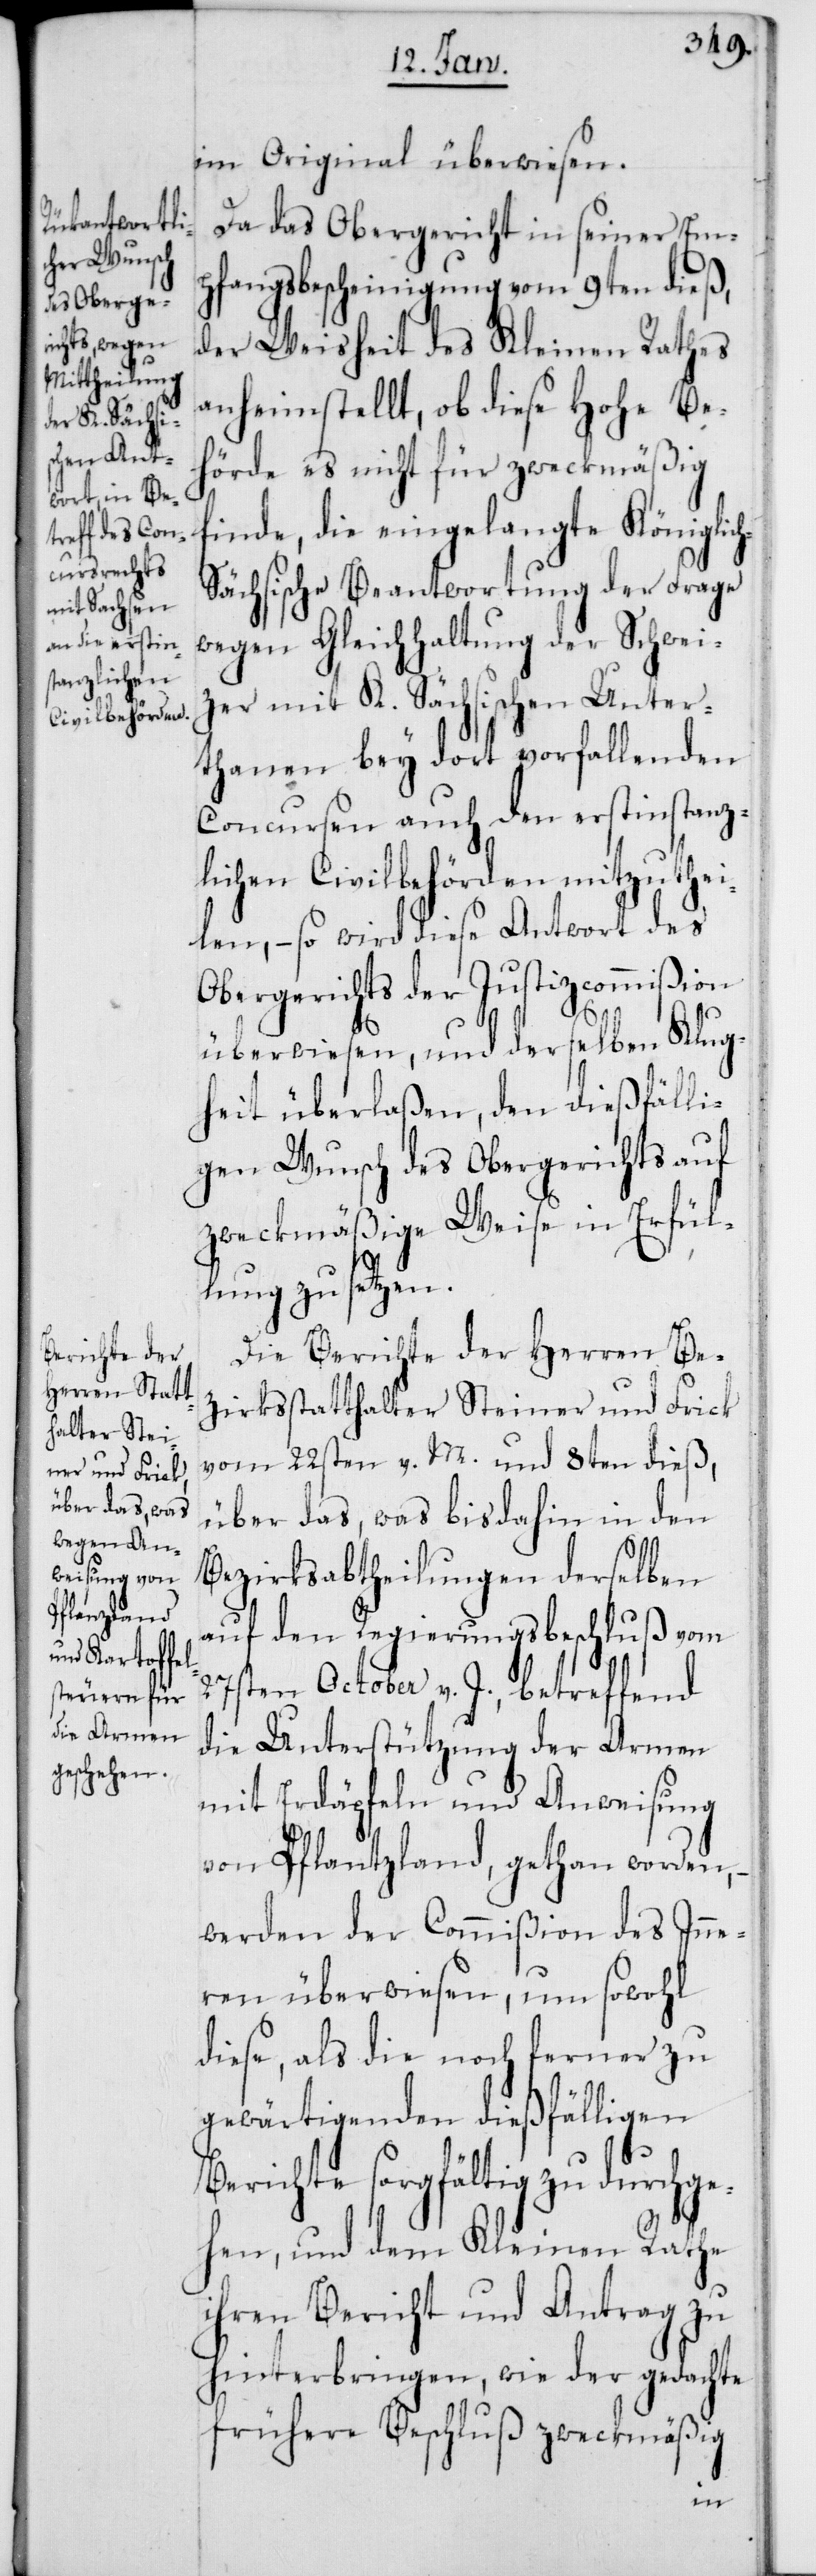
im Original überwiesen.
Da das Obergericht in seiner Em¬
pfangsbescheinigung vom 9ten dieß,
der Weisheit des Kleinen Rathes
anheim stellt, ob diese Hohe Be¬
hörde es nicht für zweckmäßig
finde, die eingelangte Königlic¬
ächsische Beantwortung der Frage
wegen Gleichhaltung der Schweiz¬
er mit K. Sächsischen Unter¬
thanen bey dort vorfallenden
Concursen auch den erstinstanz¬
lichen Civilbehörden mitzuthei¬
len, – so wird diese Antwort des
Obergerichts der Justizcommißion
überwiesen, und derselben Klug¬
heit überlaßen, den dießfälli¬
gen Wunsch des Obergerichts auf
zweckmäßige Weise in Erfül¬
lung zu setzen.
Die Berichte der Herren Be¬
zirksstatthalter Steiner und Frick
vom 22sten v. M. und 8ten dieß,
über das, was bis dahin in den
Bezirksabtheilungen derselben
auf den Regierungsbeschluß vom
27sten October v. J., betreffend
die Unterstützung der Armen
mit Erdäpfeln und Anweisung
von Pflantzland, gethan worden,
werden der Commißion des Inne¬
ren überwiesen, um sowohl
diese, als die noch ferner zu
gewärtigenden dießfälligen
Berichte sorgfältig zu durchge¬
hen, und dem Kleinen Rathe
ihren Bericht und Antrag zu
hinterbringen, wie der gedachte
frühere Beschluß zweckmäßig
h-S¬